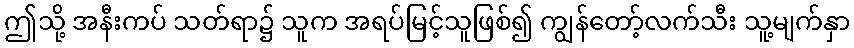
ဤသို့ အနီးကပ် သတ်ရာ၌ သူက အရပ်မြင့်သူဖြစ်၍ ကျွန်တော့်လက်သီး သူ့မျက်နှာ